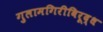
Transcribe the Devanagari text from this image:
गुलामगिरीविरूद्ध